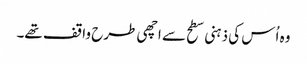
وہ اُس کی ذہنی سطح سے اچھی طرح واقف تھے۔